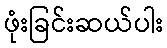
ဖုံးခြင်းဆယ်ပါး